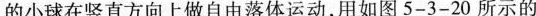
的小球在竖直方向上做自由落体运动，用如图5-3-20所示的